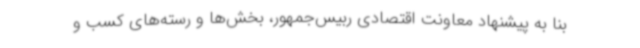
بنا به پیشنهاد معاونت اقتصادی ربیس‌جمهور، بخش‌ها و رسته‌های کسب و